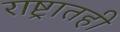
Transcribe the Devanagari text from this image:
राष्ट्रातही